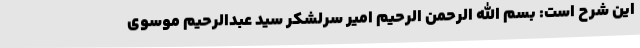
این شرح است: بسم الله الرحمن الرحیم امیر سرلشکر سید عبدالرحیم موسوی